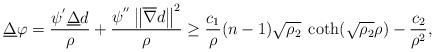
LaTeX: \begin{align*}\underline{\Delta} \varphi&=\frac{\psi^{'}\underline\Delta d}{\rho}+\frac{\psi^{''}\left\|\overline{\nabla}d\right\|^{2}}{\rho} \ge \frac{c_{1}}{\rho}(n-1)\sqrt{\rho_{2}}\;\coth(\sqrt{\rho_{2}}\rho)-\frac{c_{2}}{\rho^{2}},\end{align*}